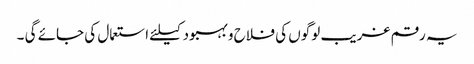
یہ رقم غریب لوگوں کی فلاح و بہبود کیلئے استعمال کی جائے گی ۔